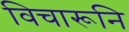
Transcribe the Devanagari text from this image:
विचारूनि